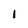
Character: I